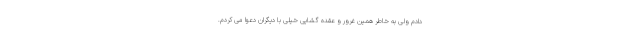
دادم ولی به خاطر همین غرور و عقده گشایی خیلی با دیگران دعوا می کردم.